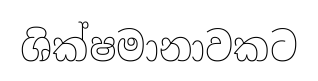
ශික්ෂමානාවකට